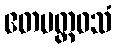
ဧတမတ္ထဝသံ